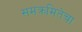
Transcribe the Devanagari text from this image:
समक्रमितेचा